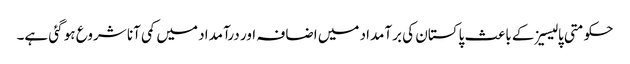
حکومتی پالیسیزکے باعث پاکستان کی برآمداد میں اضافہ اور درآمداد میں کمی آنا شروع ہو گئی ہے۔